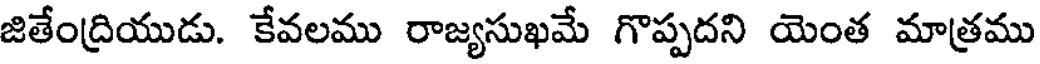
జితేంద్రియుడు. కేవలము రాజ్యసుఖమే గొప్పదని యెంత మాత్రము